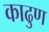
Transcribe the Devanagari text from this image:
काढुण